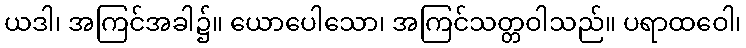
ယဒါ၊ အကြင်အခါ၌။ ယောပေါသော၊ အကြင်သတ္တဝါသည်။ ပရာထဝေါ၊